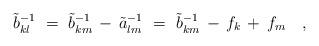
LaTeX: \begin{align*}\tilde{b}_{kl}^{-1}~=~\tilde{b}_{km}^{-1} \, - \, \tilde{a}_{lm}^{-1} ~=~\tilde{b}_{km}^{-1} \, - \, f_k \, + \, f_m~~~,\end{align*}